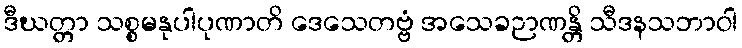
ဒီဃတ္တာ သစ္စမနုပါပုဏာတိ ဒေသေတဗ္ဗံ အသေခဉာဏန္တိ သီဒနသဘာဝါ